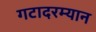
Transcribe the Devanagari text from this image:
गटादरम्यान